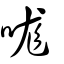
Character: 哤